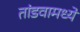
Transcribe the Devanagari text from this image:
तांडवामध्ये